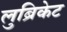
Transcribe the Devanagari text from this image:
लुब्रिकेट